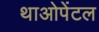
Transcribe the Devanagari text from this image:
थाओपेंटल